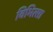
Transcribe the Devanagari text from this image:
विभित्सा